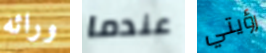
ورائه عندما رؤيتي